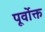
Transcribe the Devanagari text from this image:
पूर्वाेक्त